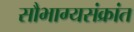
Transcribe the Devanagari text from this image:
सौभाग्यसंक्रांत